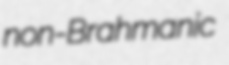
non-Brahmanic